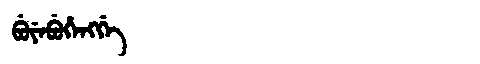
Manchu: ᠪᡠᠶᡝᠪᡠᡥᡝᠩᡤᡝ
Romanization: BUYEBUHENGGE